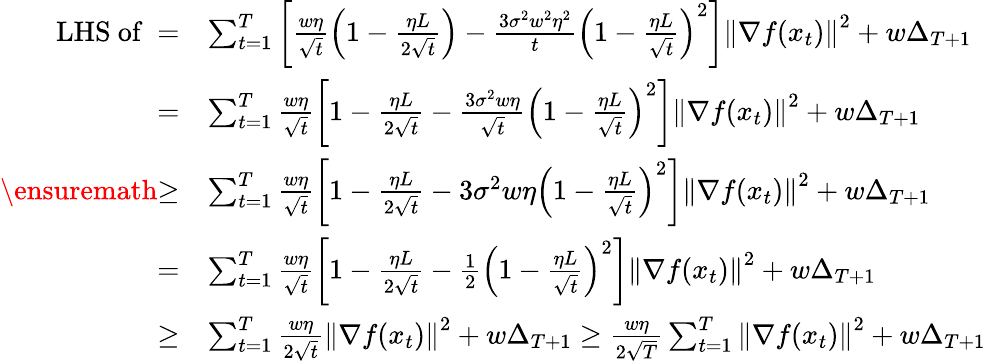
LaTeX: \begin{array}{rl}{\mathrm{LHS~of~}=}&{\sum_{t=1}^{T}\left[\frac{w\eta}{\sqrt{t}}\left(1-\frac{\eta L}{2\sqrt{t}}\right)-\frac{3\sigma^{2}w^{2}\eta^{2}}{t}\left(1-\frac{\eta L}{\sqrt{t}}\right)^{2}\right]\left\Vert\nabla f(x_{t})\right\Vert^{2}+w\Delta_{T+1}}\\ {=}&{\sum_{t=1}^{T}\frac{w\eta}{\sqrt{t}}\left[1-\frac{\eta L}{2\sqrt{t}}-\frac{3\sigma^{2}w\eta}{\sqrt{t}}\left(1-\frac{\eta L}{\sqrt{t}}\right)^{2}\right]\left\Vert\nabla f(x_{t})\right\Vert^{2}+w\Delta_{T+1}}\\ {\mathrm{\ensuremath{\geq}}}&{\sum_{t=1}^{T}\frac{w\eta}{\sqrt{t}}\left[1-\frac{\eta L}{2\sqrt{t}}-3\sigma^{2}w\eta\left(1-\frac{\eta L}{\sqrt{t}}\right)^{2}\right]\left\Vert\nabla f(x_{t})\right\Vert^{2}+w\Delta_{T+1}}\\ {=}&{\sum_{t=1}^{T}\frac{w\eta}{\sqrt{t}}\left[1-\frac{\eta L}{2\sqrt{t}}-\frac{1}{2}\left(1-\frac{\eta L}{\sqrt{t}}\right)^{2}\right]\left\Vert\nabla f(x_{t})\right\Vert^{2}+w\Delta_{T+1}}\\ {\geq}&{\sum_{t=1}^{T}\frac{w\eta}{2\sqrt{t}}\left\Vert\nabla f(x_{t})\right\Vert^{2}+w\Delta_{T+1}\geq\frac{w\eta}{2\sqrt{T}}\sum_{t=1}^{T}\left\Vert\nabla f(x_{t})\right\Vert^{2}+w\Delta_{T+1}}\end{array}